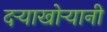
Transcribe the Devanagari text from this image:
दऱ्याखोऱ्यानी